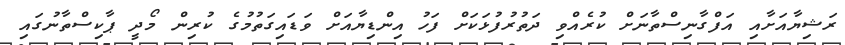
ރަޝިޔާއަށާއި އަފްގާނިސްތާނަށް ކުރެއްވި ދަތުރުފުޅަކަށް ފަހު އިންޑިޔާއަށް ވަޑައިގަތުމުގެ ކުރިން މޯދީ ޕާކިސްތާނުގައި